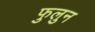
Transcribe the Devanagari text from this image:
फुलुन